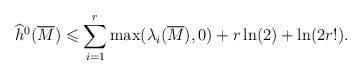
\begin{align*}\widehat{h}^0(\overline M)\leqslant \sum_{i=1}^r\max(\lambda_i(\overline M),0)+r\ln(2)+\ln(2r!).\end{align*}